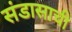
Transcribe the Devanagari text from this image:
संडासाची